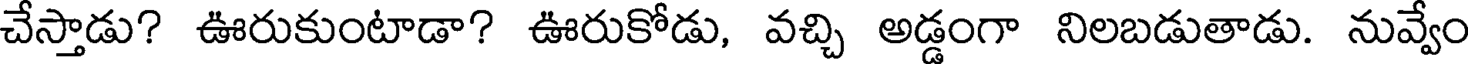
చేస్తాడు? ఊరుకుంటాడా? ఊరుకోడు, వచ్చి అడ్డంగా నిలబడుతాడు. నువ్వేం